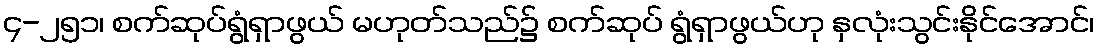
၄-၂၅၁၊ စက်ဆုပ်ရွံရှာဖွယ် မဟုတ်သည်၌ စက်ဆုပ် ရွံရှာဖွယ်ဟု နှလုံးသွင်းနိုင်အောင်၊